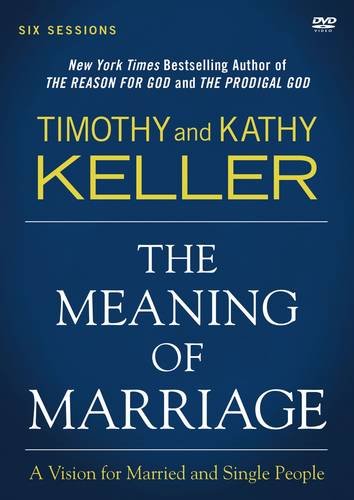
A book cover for The Meaning of Marriage: A DVD Study: A Vision for Married and Single People; Timothy Keller; Christian Books & Bibles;